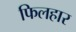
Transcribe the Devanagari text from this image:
फिलहार